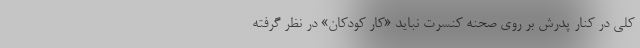
کلی در کنار پدرش بر روی صحنه کنسرت نباید «کار کودکان» در نظر گرفته